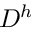
D ^ { h }